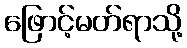
ဖြောင့်မတ်ရာသို့